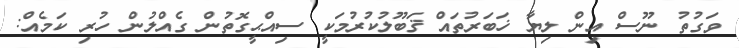
ވަގުތު ނޫސް އިން ލިޔާ ޚަބަރުތައް ޤަބޫލުކުރުމަކީ ސިއްޙީގޮތުން ގެއްލުން ހުރި ކަމެއް: